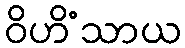
ဝိဟိံသာယ